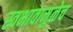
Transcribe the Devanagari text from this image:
स्वभावामुळेच